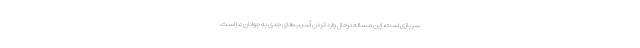
سربازی است، این مساله درحال وارد کردن آسیب‌های جدی به جوانان ما است.